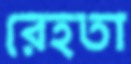
রেহতা